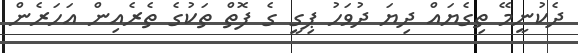
ދެކުނީމޭ ތިގެޔައް ދިޔަ ދުވަހު ޕިގީ ގެ ފޮތް ތަކުގެ ތެރެއިން އަހަރެން